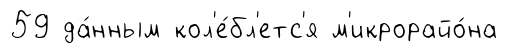
59 да́нным кол'е́бл'етс'я м'икрорайо́на